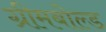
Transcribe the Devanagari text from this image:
ग्रीमबोल्ड